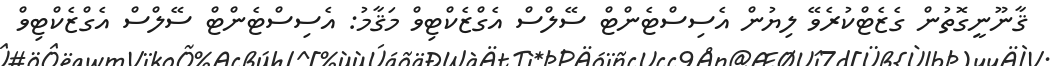
ޤާނޫނީގޮތުން ގެޒެޓްކުރެވޭ ލިޔުން އެސިސްޓެންޓް ސޭލްސް އެގްޒެކްޓިވް މަޤާމު: އެސިސްޓެންޓް ސޭލްސް އެގްޒެކްޓިވް